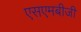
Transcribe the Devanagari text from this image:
एसएमबीजी